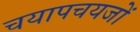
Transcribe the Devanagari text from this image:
चयापचयजों